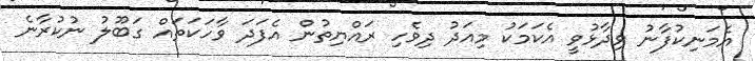
އެމަނިކުފާނު ވިދާޅުވީ އެކަމަކު މިއަދު ދިވެހި ރައްޔިތުން އެފަދަ ވާހަކަތައް ގަބޫލު ނުކުރާނެ